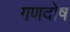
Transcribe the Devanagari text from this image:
गणदोष